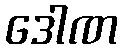
ဒေါဏ